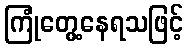
ကြုံတွေ့နေရသဖြင့်